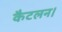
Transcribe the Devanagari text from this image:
कैटलन।